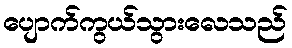
ပျောက်ကွယ်သွားလေသည်